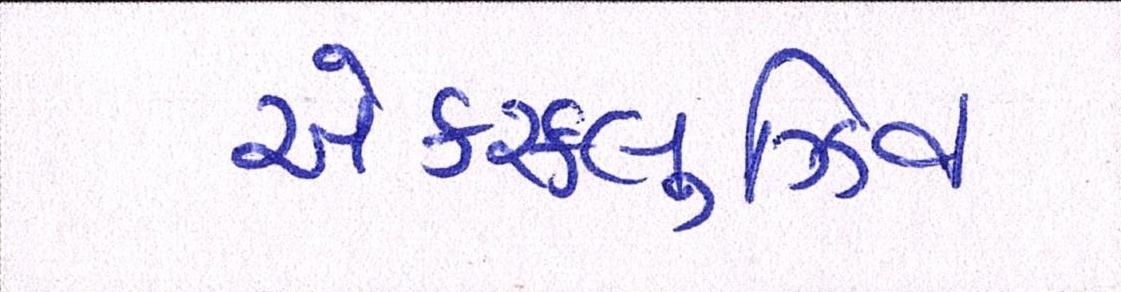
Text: એક્સ્લુઝિવ